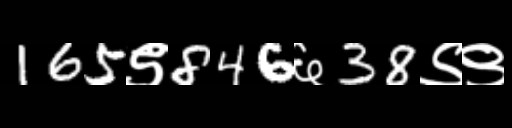
Text: 165९846६38९९